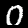
Label: 0